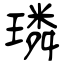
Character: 璘